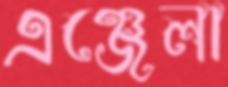
এঞ্জেলা